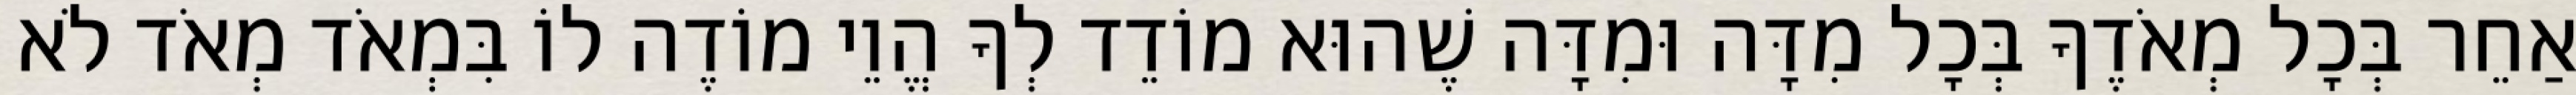
אַחֵר בְּכָל מְאֹדֶךָ בְּכָל מִדָּה וּמִדָּה שֶׁהוּא מוֹדֵד לְךָ הֱוֵי מוֹדֶה לוֹ בִּמְאֹד מְאֹד לֹא